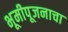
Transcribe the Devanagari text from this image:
भूमीपूजनाचा